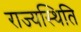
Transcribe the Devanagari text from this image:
राज्यस्थिति